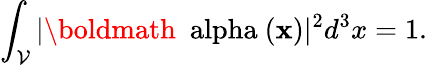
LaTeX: \int_{\cal V}|{\mathrm{\boldmath~\ alpha~}}({\mathbf x})|^{2}d^{3}x=1.